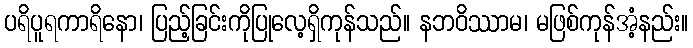
ပရိပူရကာရိနော၊ ပြည့်ခြင်းကိုပြုလေ့ရှိကုန်သည်။ နဘဝိဿာမ၊ မဖြစ်ကုန်အံ့နည်း။